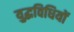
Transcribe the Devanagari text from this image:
युद्धविधियों